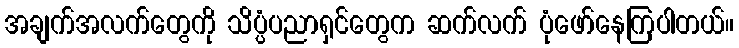
အချက်အလက်တွေကို သိပ္ပံပညာရှင်တွေက ဆက်လက် ပုံဖော်နေကြပါတယ်။